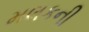
મલકની